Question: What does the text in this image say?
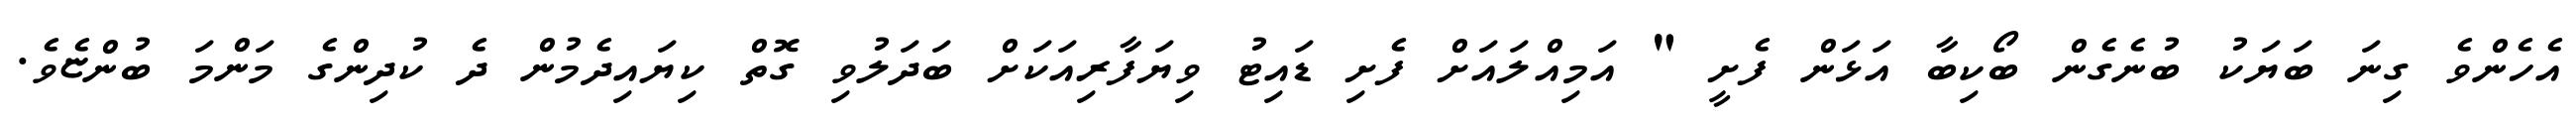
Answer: އެހެންވެ ގިނަ ބަޔަކު ބުނެގެން ބޯކިބާ އަޅަން ފެށީ " އަމިއްލައަށް ފެށި ޑައިޓު ވިޔަފާރިއަކަށް ބަދަލުވި ގޮތް ކިޔައިދެމުން ދެ ކުދިންގެ މަންމަ ބުންޏެވެ.